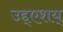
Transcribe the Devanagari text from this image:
उद्द्एशय्